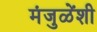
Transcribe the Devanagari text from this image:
मंजुळेंशी